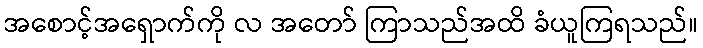
အစောင့်အရှောက်ကို လ အတော် ကြာသည်အထိ ခံယူကြရသည်။